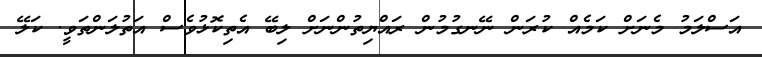
އަސްލަމު މެނަށް ކަމެއް ކުރަން ނޭނގުމުން ރައްޔިތުންނަށް ލިބޭ އެތިކޮޅުވެސް އަތުލަންތަވީ. ކަލޭ